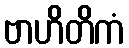
ဗာဟိတိကံ